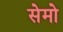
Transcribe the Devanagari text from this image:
सेमो